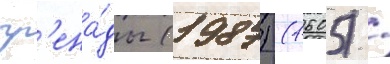
гр'ена́ды (1987) (1605) /